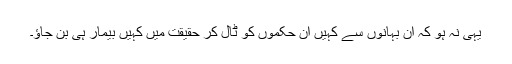
یہی نہ ہو کہ ان بہانوں سے کہیں ان حکموں کو ٹال کر حقیقت میں کہیں بیمار ہی بن جاؤ۔